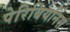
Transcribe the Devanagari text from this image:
पेरिबियनिस